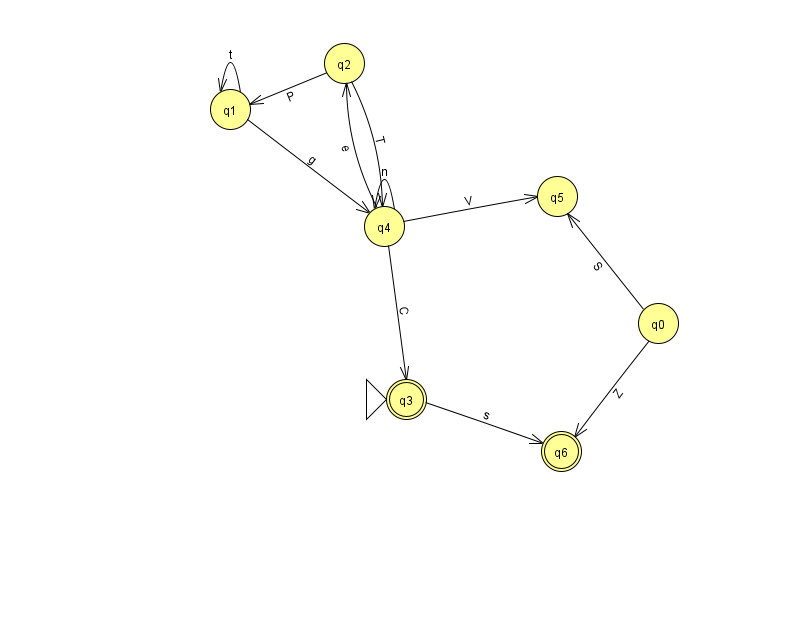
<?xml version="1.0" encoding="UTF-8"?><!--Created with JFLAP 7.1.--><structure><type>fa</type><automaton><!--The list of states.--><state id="0" name="q0"><x>658.0</x><y>310.0</y></state><state id="1" name="q1"><x>230.0</x><y>96.0</y></state><state id="2" name="q2"><x>344.0</x><y>50.0</y></state><state id="3" name="q3"><x>406.0</x><y>386.0</y><initial/><final/></state><state id="4" name="q4"><x>384.0</x><y>213.0</y></state><state id="5" name="q5"><x>557.0</x><y>183.0</y></state><state id="6" name="q6"><x>561.0</x><y>438.0</y><final/></state><!--The list of transitions.--><transition><from>4</from><to>3</to><read>C</read></transition><transition><from>2</from><to>1</to><read>P</read></transition><transition><from>1</from><to>1</to><read>t</read></transition><transition><from>3</from><to>6</to><read>s</read></transition><transition><from>0</from><to>5</to><read>S</read></transition><transition><from>1</from><to>4</to><read>g</read></transition><transition><from>2</from><to>4</to><read>T</read></transition><transition><from>0</from><to>6</to><read>Z</read></transition><transition><from>4</from><to>2</to><read>e</read></transition><transition><from>4</from><to>4</to><read>n</read></transition><transition><from>4</from><to>5</to><read>V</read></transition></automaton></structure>